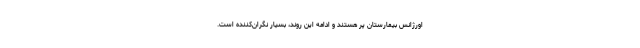
اورژانس بیمارستان پر هستند و ادامه این روند، بسیار نگران‌کننده است.